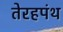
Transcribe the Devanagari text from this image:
तेरहपंथ